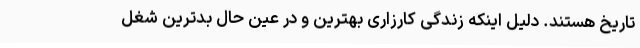
تاریخ هستند. دلیل اینکه زندگی کارزاری بهترین و در عین حال بدترین شغل